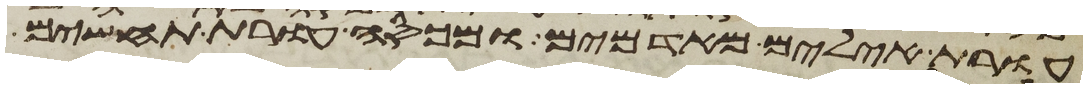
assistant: עורת אילים מאדמים ומכסה עורת תחשים